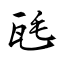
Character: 瓱